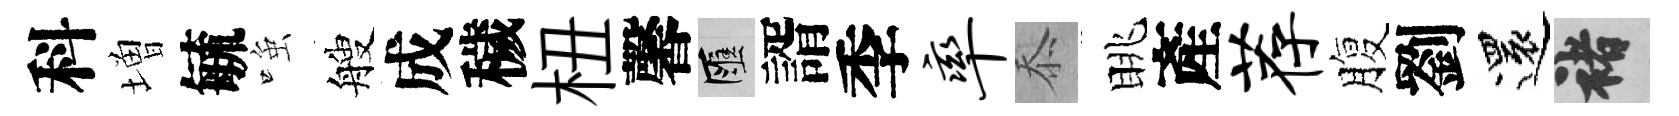
科増毓𫪻艘成穢杻馨匯諝季率忝眺產荐腹劉還褚